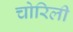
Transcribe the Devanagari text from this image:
चोरिली